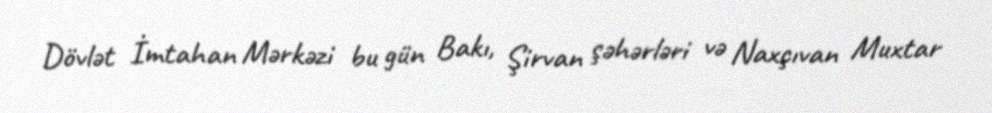
Dövlət İmtahan Mərkəzi bu gün Bakı, Şirvan şəhərləri və Naxçıvan Muxtar